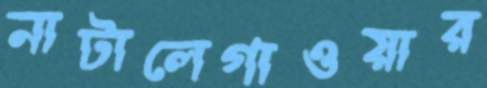
নাটালেগাওয়ার